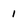
Character: 1